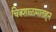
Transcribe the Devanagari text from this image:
चित्रशाळामाताहुन